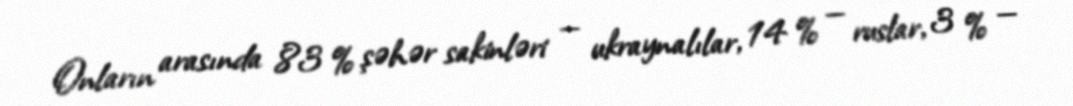
Onların arasında 83 % şəhər sakinləri — ukraynalılar, 14 % — ruslar, 3 % —